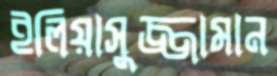
ইলিয়াসুজ্জামান